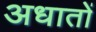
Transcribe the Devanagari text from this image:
अधातों